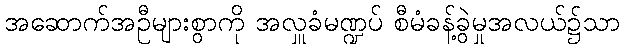
အဆောက်အဦများစွာကို အလှူခံမဏ္ဍပ် စီမံခန့်ခွဲမှုအလယ်၌သာ